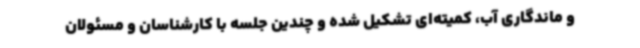
و ماندگاری آب، کمیته‌ای تشکیل شده و چندین جلسه با کارشناسان و مسئولان